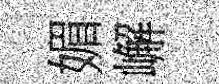
媚嶰